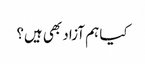
کیا ہم آزاد بھی ہیں؟